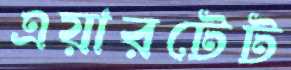
এয়ারটেট